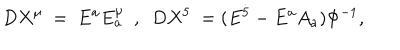
D X ^ { \mu } ~ = ~ E ^ { a } E _ { a } ^ { \mu } ~ ~ , ~ ~ D X ^ { 5 } ~ = ( E ^ { \dot { 5 } } - E ^ { a } A _ { a } ) \Phi ^ { - 1 } ,